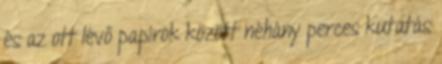
és az ott lévő papírok között néhány perces kutatás